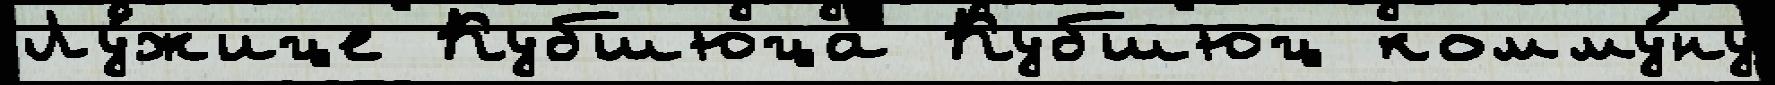
Лу́жице Кубшюца Кубшюц комму́ну